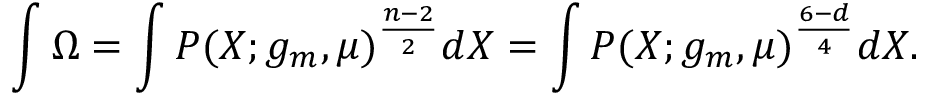
\int \Omega = \int P ( X ; g _ { m } , \mu ) ^ { \frac { n - 2 } { 2 } } d X = \int P ( X ; g _ { m } , \mu ) ^ { \frac { 6 - d } { 4 } } d X .